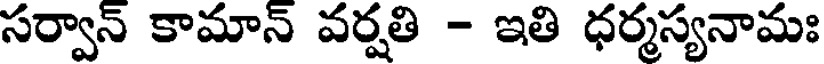
సర్వాన్ కామాన్ వర్షతి - ఇతి ధర్మస్యనామః